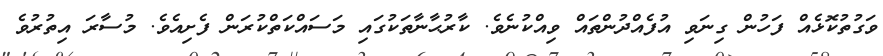
ވަގުތުކޮޅެއް ފަހުން ގިނަވި އުފެއްދުންތައް ވިއްކުނެވެ. ކާރުޙާނާތަކުގައި މަސައްކަތްކުރަން ފެށިއެވެ. މުސާރަ އިތުރުވެ